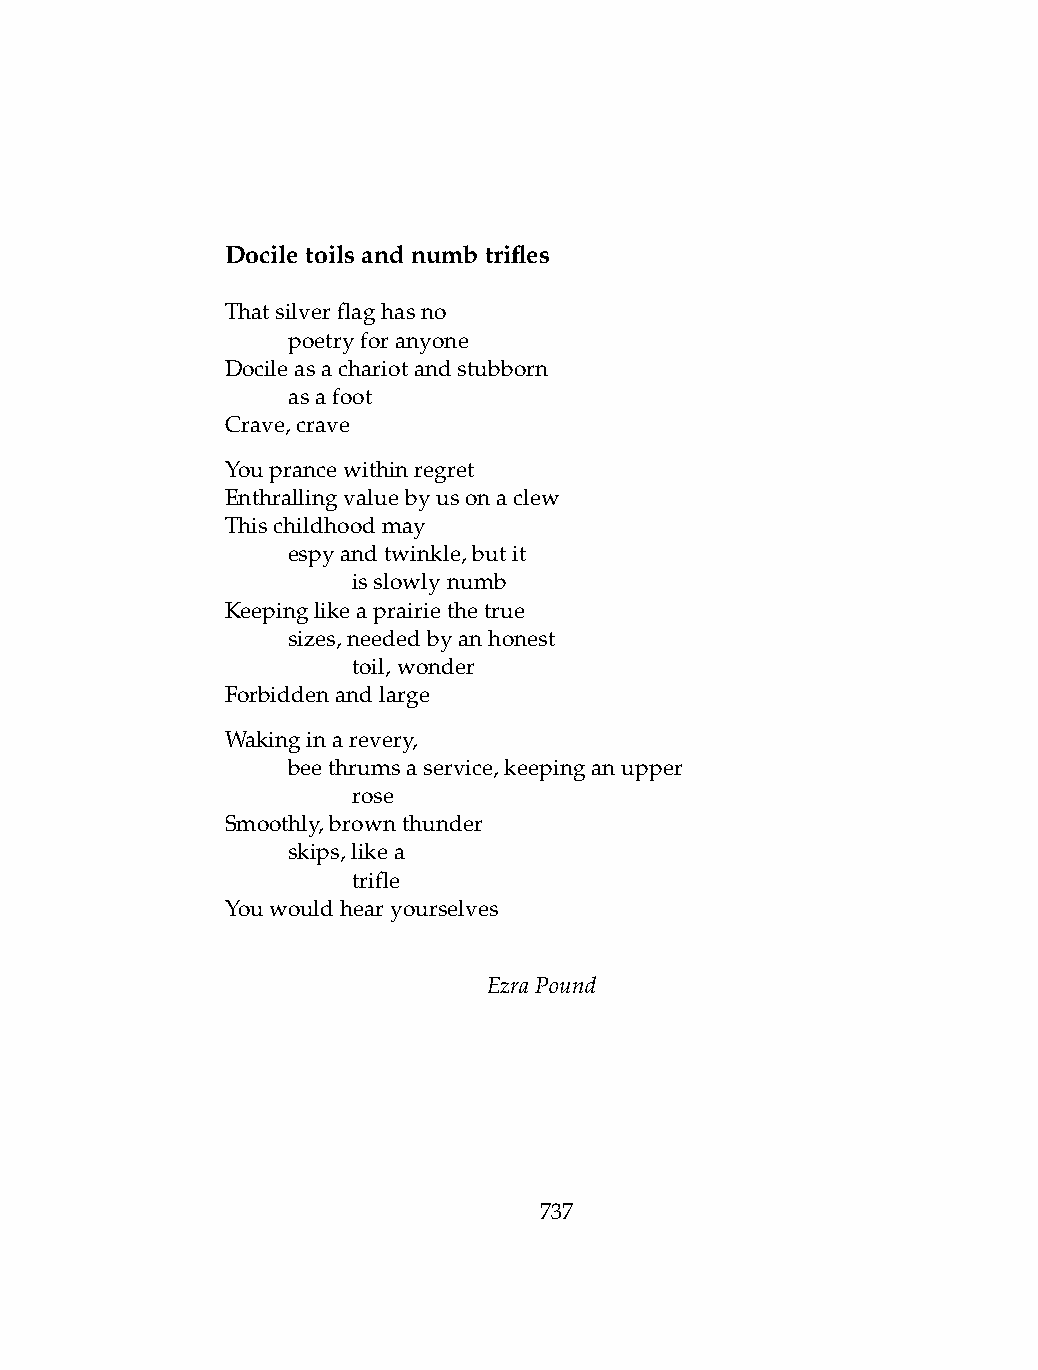
Dociletoilsandnumbtrifles
 Thatsilverflaghasno
 .   poetryforanyone
 Docileasachariotandstubborn
 .   asafoot
 Crave,crave
 Youprancewithinregret
 Enthrallingvaluebyusonaclew
 Thischildhoodmay
 .   espyandtwinkle,butit
 .   .   isslowlynumb
 Keepinglikeaprairiethetrue
 .   sizes,neededbyanhonest
 .   .   toil,wonder
 Forbiddenandlarge
 Wakinginarevery,
 .   beethrumsaservice,keepinganupper
 .   .   rose
 Smoothly,brownthunder
 .   skips,likea
 .   .   trifle
 Youwouldhearyourselves
 EzraPound
 737